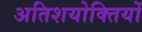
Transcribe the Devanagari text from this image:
अतिशयोक्तियों